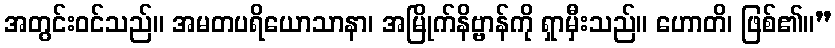
အတွင်းဝင်သည်။ အမတပရိယောသာနာ၊ အမြိုက်နိဗ္ဗာန်ကို ရှာမှီးသည်။ ဟောတိ၊ ဖြစ်၏။”